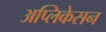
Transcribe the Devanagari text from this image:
अप्लिकेसन